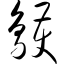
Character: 鹱